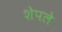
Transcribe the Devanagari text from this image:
शेपले